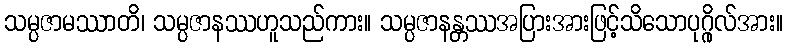
သမ္ပဇာမဿာတိ၊ သမ္ပဇာနဿဟူသည်ကား။ သမ္ပဇာနန္တဿအပြားအားဖြင့်သိသောပုဂ္ဂိုလ်အား။